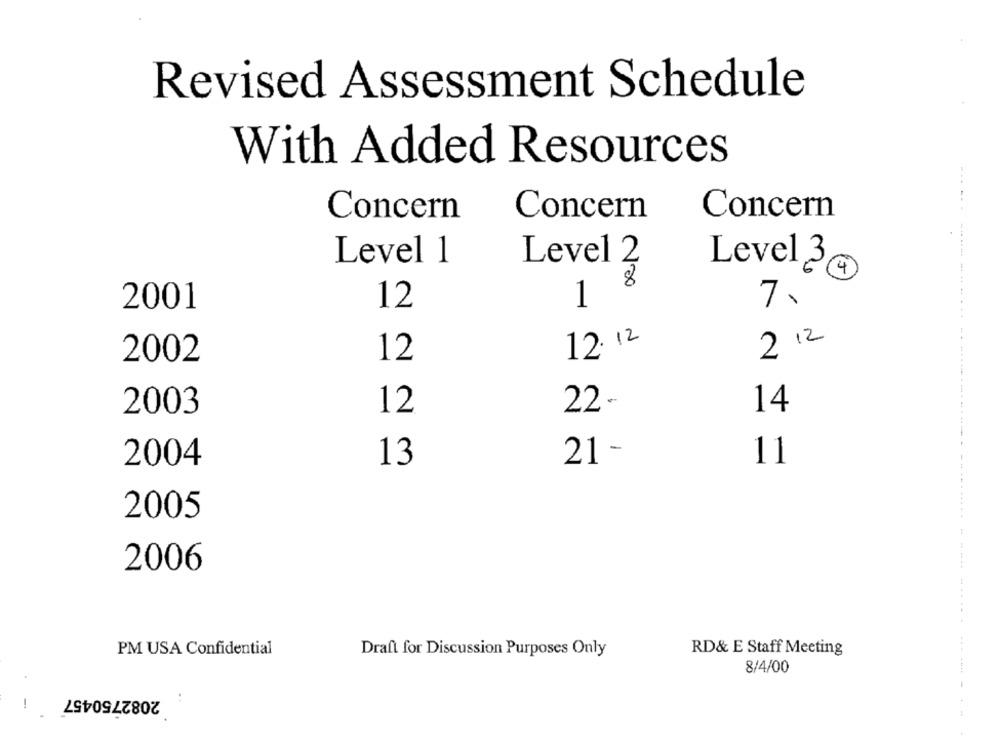
Revised Assessment Schedule
With Added Resources
Concern
Concern
Concern
Level 1
Level 2
Level34
8
12
1
7.
2001
12: 12
2002
12
2 12
12
22 -
2003
14
13
21 -
11
2004
2005
2006
PM USA Confidential
Draft for Discussion Purposes Only
RD& E Staff Meeting
8/4/00
2082750457